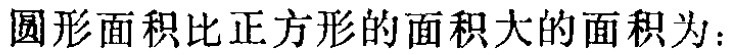
圆形面积比正方形的面积大的面积为：